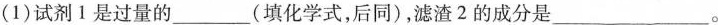
(1)试剂1是过量的___(填化学式，后同)，滤渣2的成分是___。